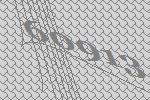
60913